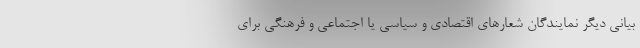
بیانی دیگر نمایندگان شعارهای اقتصادی و سیاسی یا اجتماعی و فرهنگی برای